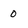
Character: 0